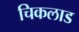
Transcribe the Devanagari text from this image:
चिकलाड